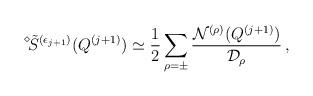
LaTeX: \begin{align*}\displaystyle{ \raisebox{1.1ex}{\scriptsize{$\diamond$}}} \mbox{\hspace{-0.33ex}} \tilde{S}^{(\epsilon_{j + 1})} (Q^{(j + 1)}) \simeq \frac{1}{2} \sum_{\rho = \pm} \frac{{\cal N}^{(\rho)} (Q^{(j + 1)})}{{\cal D}_\rho} \, , \end{align*}